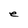
Character: e